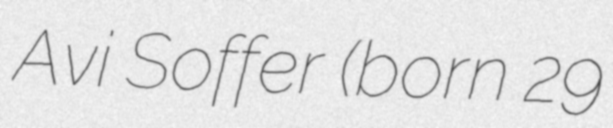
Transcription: Avi Soffer (born 29